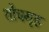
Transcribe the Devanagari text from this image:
शौचगृह